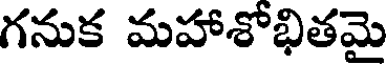
గనుక మహాశోభితమై